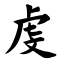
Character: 虔